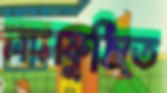
লালকুঠিতে